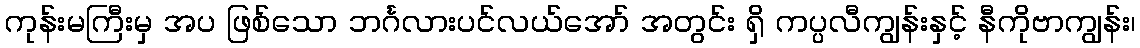
ကုန်းမကြီးမှ အပ ဖြစ်သော ဘင်္ဂလားပင်လယ်အော် အတွင်း ရှိ ကပ္ပလီကျွန်းနှင့် နီကိုဗာကျွန်း၊